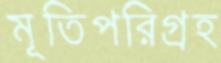
মূতিপরিগ্রহ